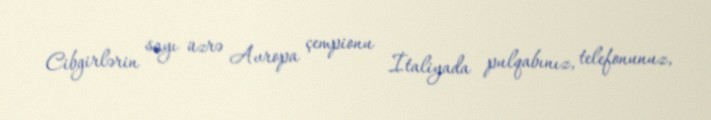
Cibgirlərin sayı üzrə Avropa çempionu İtaliyada pulqabınız, telefonunuz,